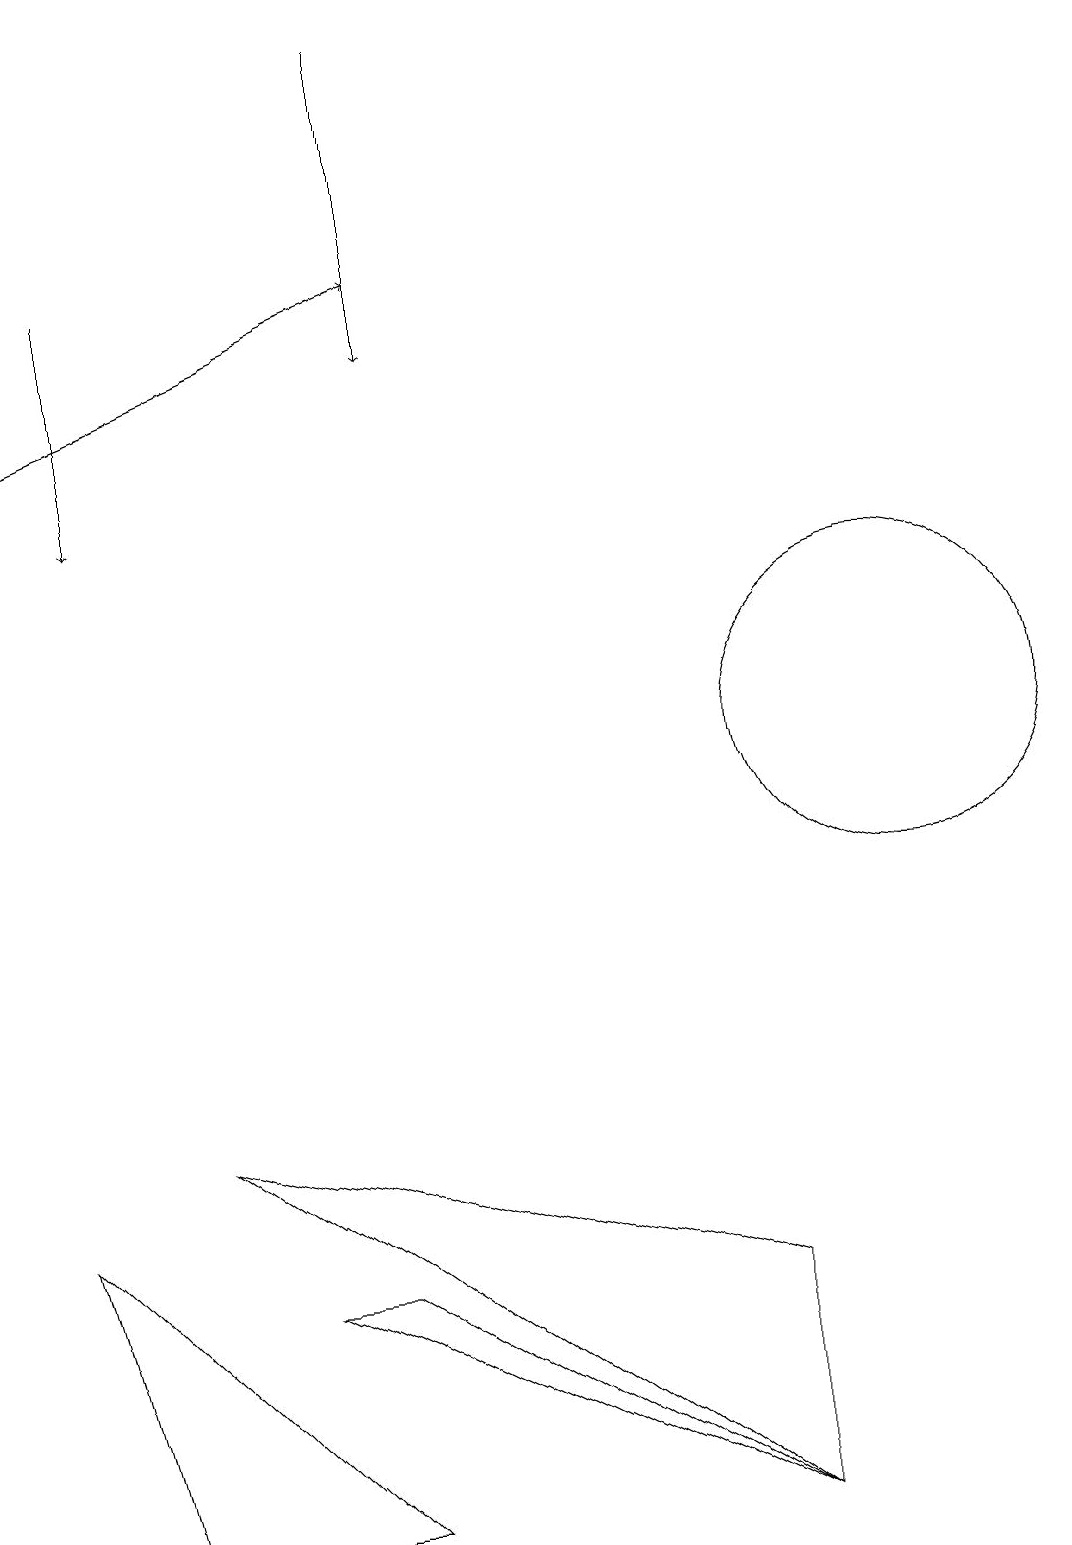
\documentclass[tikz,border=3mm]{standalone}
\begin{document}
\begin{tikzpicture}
\draw (4,3) -- (9,0) -- (3,3) -- cycle;
\draw (0,4) -- (1,0) -- (4,0) -- cycle;
\draw[->] (0,14) -- (5,16);
\draw[->] (1,16) -- (1,13);
\draw (9,0) -- (9,3) -- (2,5) -- cycle;
\draw[->] (5,19) -- (5,15);
\draw (11,10) circle (2);
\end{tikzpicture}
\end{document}